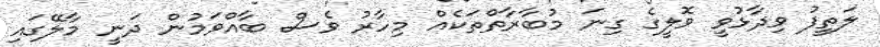
ލަތީފު ވިދާޅުވީ ވޮލީގެ ގިނަ މުބާރާތްތަކެއް މިހާރު ވެސް ބާއްވަމުން ދަނީ މާލޭގައި